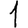
Digit: 1